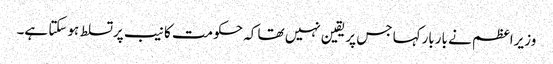
وزیراعظم نے باربارکہا جس پر یقین نہیں تھا کہ حکومت کا نیب پرتسلط ہوسکتا ہے۔